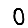
Digit: 0